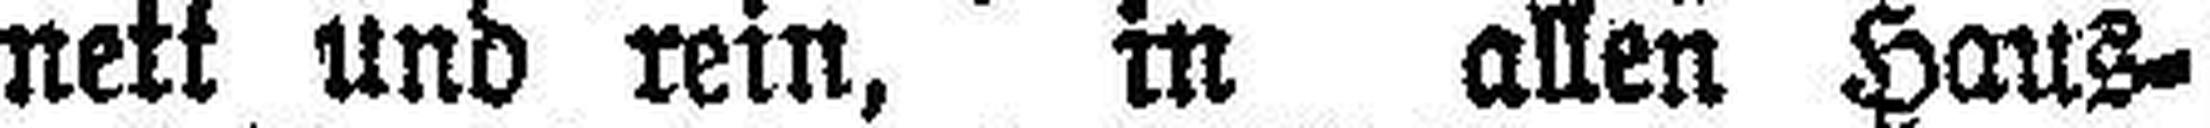
nett und rein, in allen Haus¬